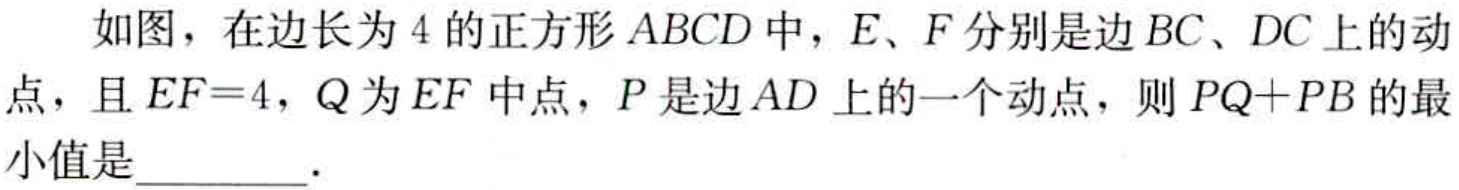
如图，在边长为4的正方形\(ABCD\)中，\(E、F\)分别是边\(BC、DC\)上的动点，且\(EF = 4\)，\(Q\)为\(EF\)中点，\(P\)是边\(AD\)上的一个动点，则\(PQ + PB\)的最小值是  ．